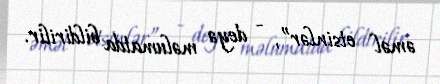
əməl etsinlər”, - deyə məlumatda bildirilir.